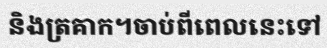
និងត្រគាក។ចាប់ពីពេលនេះទៅ